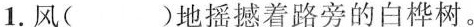
1.风( )地摇撼着路旁的白桦树。